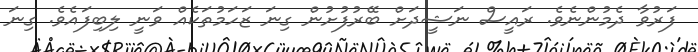
ފަރުވާ ދެމުންނެވެ. ރައީސް ނަޝީދަށް ބޭރުފުށުން ގިނަ ޒަހަމުތަކެއް ވަނީ ލިބިފައެވެ. ގިނަ